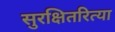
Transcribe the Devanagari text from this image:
सुरक्षितरित्या